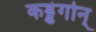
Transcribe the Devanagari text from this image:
कड्डंगोन्